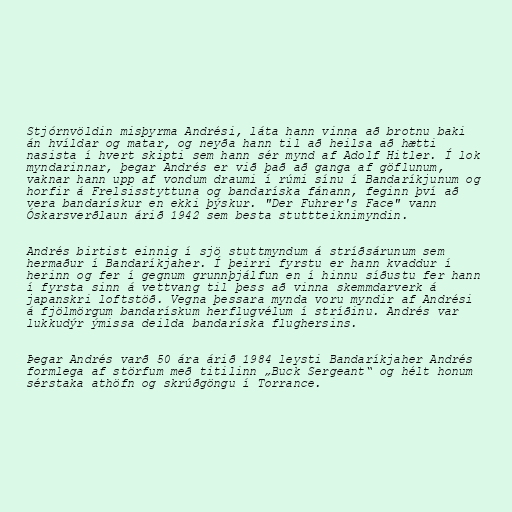
Stjórnvöldin misþyrma Andrési, láta hann vinna að brotnu baki
án hvíldar og matar, og neyða hann til að heilsa að hætti
nasista í hvert skipti sem hann sér mynd af Adolf Hitler. Í lok
myndarinnar, þegar Andrés er við það að ganga af göflunum,
vaknar hann upp af vondum draumi í rúmi sínu í Bandaríkjunum og
horfir á Frelsisstyttuna og bandaríska fánann, feginn því að
vera bandarískur en ekki þýskur. "Der Fuhrer's Face" vann
Óskarsverðlaun árið 1942 sem besta stuttteiknimyndin.

Andrés birtist einnig í sjö stuttmyndum á stríðsárunum sem
hermaður í Bandaríkjaher. Í þeirri fyrstu er hann kvaddur í
herinn og fer í gegnum grunnþjálfun en í hinnu síðustu fer hann
í fyrsta sinn á vettvang til þess að vinna skemmdarverk á
japanskri loftstöð. Vegna þessara mynda voru myndir af Andrési
á fjölmörgum bandarískum herflugvélum í stríðinu. Andrés var
lukkudýr ýmissa deilda bandaríska flughersins.

Þegar Andrés varð 50 ára árið 1984 leysti Bandaríkjaher Andrés
formlega af störfum með titilinn „Buck Sergeant“ og hélt honum
sérstaka athöfn og skrúðgöngu í Torrance.